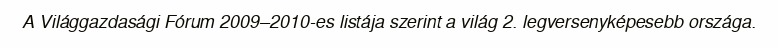
A Világgazdasági Fórum 2009–2010-es listája szerint a világ 2. legversenyképesebb országa.